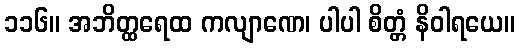
၁၁၆။ အဘိတ္ထရေထ ကလျာဏေ၊ ပါပါ စိတ္တံ နိဝါရယေ။